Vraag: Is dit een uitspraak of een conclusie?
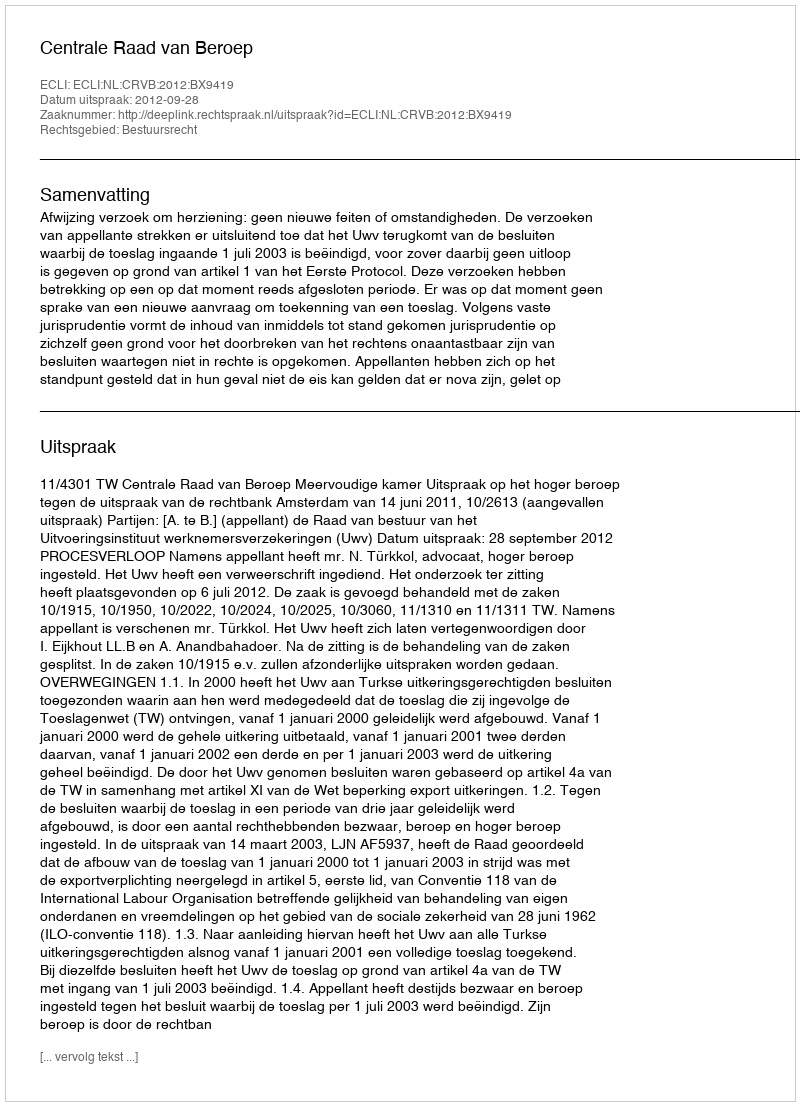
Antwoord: Uitspraak